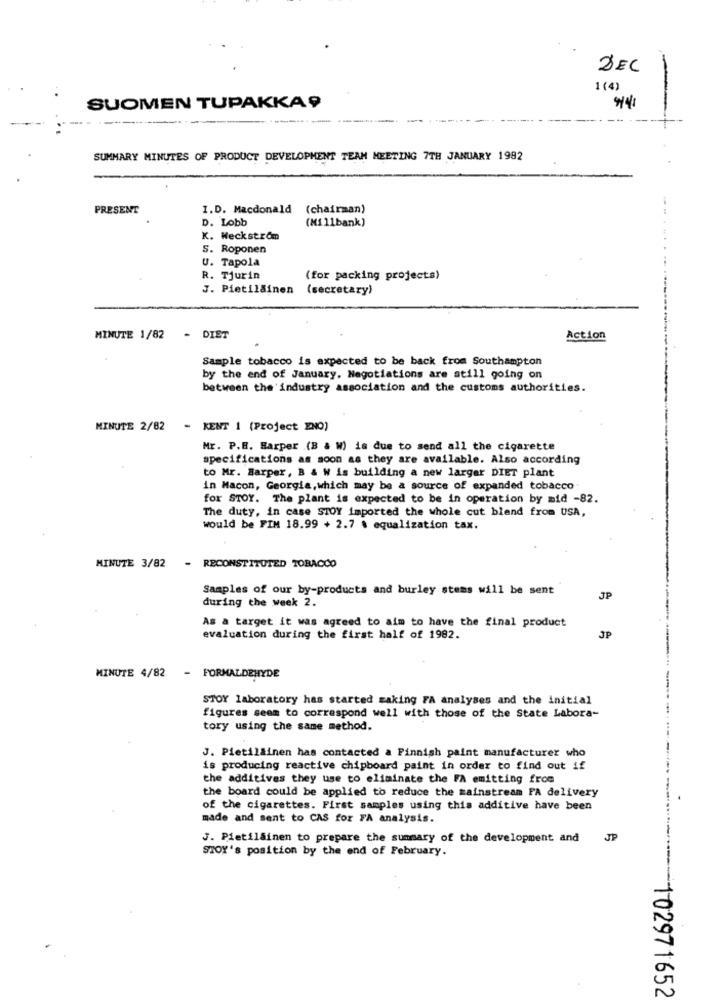
DEC
1 (4)
-
SUOMEN TUPAKKA 9
SUMMARY MINUTES OF PRODUCT DEVELOPMENT TEAM MEETING 7TH JANUARY 1982
PRESENT
I.D. Macdonald (chairman)
D. Lobb
(Millbank)
K. Weckstrom
S. Roponen
U. Tapola
R. Tjurin
(for packing projects)
J. Pietiläinen (secretary)
MINUTE 1/82
- DIET
Action
Sample tobacco is expected to be back from Southampton
by the end of January. Negotiations are still going on
between the industry association and the customs authorities.
MINUTE 2/82 - KENT 1 (Project ENO)
Mr. P.B. Sarper (B & W) is due to send all the cigarette
specifications as soon as they are available. Also according
to Mr. Barper, B & W is building a new larger DIET plant
in Macon, Georgia, which may be a source of expanded tobacco
for STOY. The plant is expected to be in operation by mid -82.
The duty, in case STOY imported the whole cut bland from USA,
would be FIM 18.99 + 2.7 . equalization tax.
MINUTE 3/82
- RECONSTITUTED TOBACCO
Samples of our by-products and burley stems will be sent
during the week 2.
JP
As a target it was agreed to aim to have the final product
evaluation during the first half of 1982.
JP
MINUTE 4/82
- FORMALDEHYDE
STOY laboratory has started making FA analyses and the initial
figures seem to correspond well with those of the State Labora-
tory using the same method.
J. Pietiläinen has contacted a Finnish paint manufacturer who
is producing reactive chipboard paint in order to find out if
the additives they use to eliminate the FA emitting from
the board could be applied to reduce the mainstream FA delivery
of the cigarettes. First samples using this additive have been
made and sent to CAS for FA analysis.
J. Pietilainen to prepare the summary of the development and JP
STOY's position by the end of February.
102971652